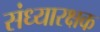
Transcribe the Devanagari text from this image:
संध्यारक्षक